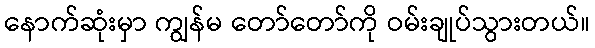
နောက်ဆုံးမှာ ကျွန်မ တော်တော်ကို ဝမ်းချုပ်သွားတယ်။